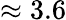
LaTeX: \approx 3.6